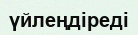
үйлеңдіреді